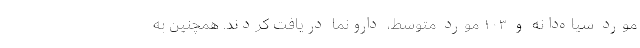
مورد سیاه‌دانه و ۱۰۳ مورد متوسط، ‌دارونما دریافت کردند. همچنین به